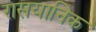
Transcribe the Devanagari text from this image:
रासयानिक